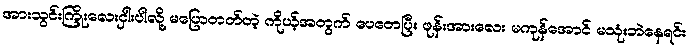
အားသွင်းကြိုးလေးငှါးပါလို့ မပြောတတ်တဲ့ ကိုယ့်အတွက် ပေတေပြီး ဖုန်းအားလေး မကုန်အောင် မသုံးဘဲနေရင်း